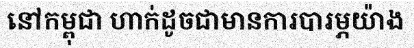
នៅកម្ពុជា ហាក់ដូចជាមានការបារម្ភយ៉ាង